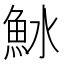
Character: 𬵆